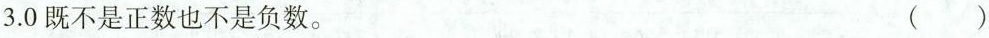
3. 0既不是正数也不是负数。 ( )